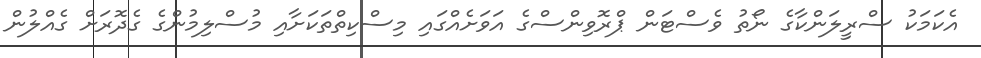
އެކަމަކު ސްރީލަންކާގެ ނޯތު ވެސްޓަން ޕްރޮވިންސްގެ އަވަށެއްގައި މިސްކިތްތަކަށާއި މުސްލިމުންގެ ގެދޮރަށް ގެއްލުން